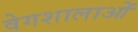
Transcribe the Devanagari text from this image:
वेगशालाओं